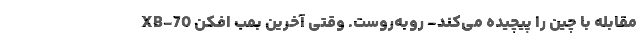
مقابله با چین را پیچیده می‌کند- روبه‌روست. وقتی آخرین بمب افکن XB-70